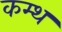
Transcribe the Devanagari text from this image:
कम्थ